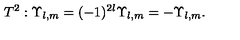
T ^ { 2 } : \Upsilon _ { l , m } = ( - 1 ) ^ { 2 l } \Upsilon _ { l , m } = - \Upsilon _ { l , m } .